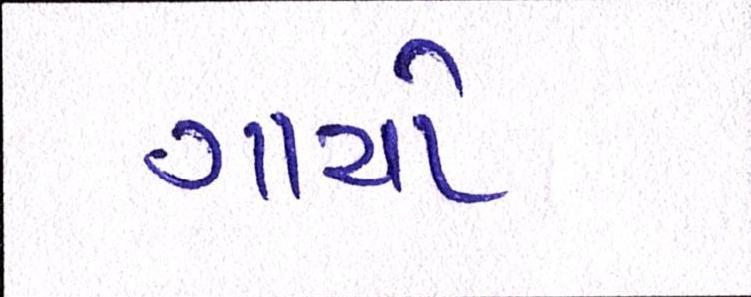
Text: ગાયો